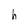
Character: h